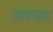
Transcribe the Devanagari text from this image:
आषाढ्या